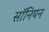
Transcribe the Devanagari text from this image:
सॉनियन